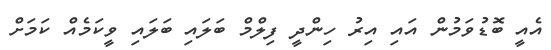
އެއީ ބޮޑުވަމުން އައި އިރު ހިންދީ ފިލްމް ބަލައި ބަލައި ވީކަމެއް ކަމަށް